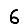
Digit: 6